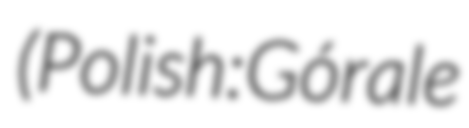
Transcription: (Polish: Górale